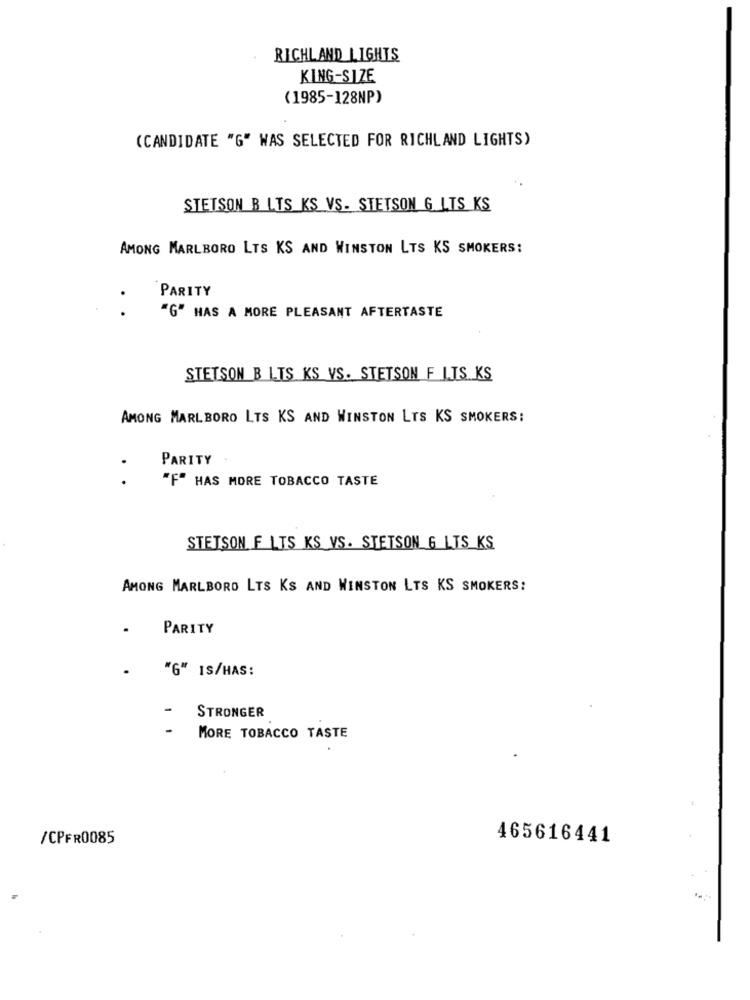
RICHLAND LIGHTS
KING-SIZE
(1985-128NP)
(CANDIDATE "G" WAS SELECTED FOR RICHLAND LIGHTS)
STETSON B LTS KS VS. STETSON G LTS KS
AMONG MARLBORO LTS KS AND WINSTON LTS KS SMOKERS:
PARITY
.
"G" HAS A MORE PLEASANT AFTERTASTE
STETSON B LIS KS VS. STETSON F LIS KS
AMONG MARLBORO LTS KS AND WINSTON LTS KS SMOKERS:
PARITY
.
"F" HAS MORE TOBACCO TASTE
STETSON F LTS KS VS. STETSON G LTS KS
AMONG MARLBORO LTS KS AND WINSTON LTS KS SMOKERS:
.
PARITY
"G" IS/HAS:
STRONGER
-
MORE TOBACCO TASTE
/CPFR0085
465616441